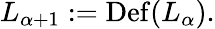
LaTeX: L_{\alpha+1}:=\operatorname{Def}(L_{\alpha}).